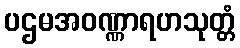
ပဌမအဝဏ္ဏာရဟသုတ္တံ